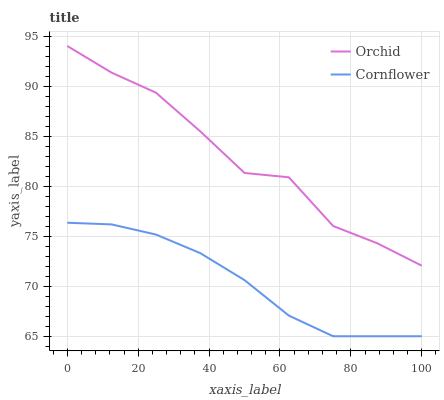
| xaxis_label | Orchid | Cornflower |
 | --- | --- | --- |
 | 0 | 94 | 76.3 |
 | 12.5 | 91.3 | 76.2 |
 | 25 | 89.3 | 75.2 |
 | 37.5 | 85.5 | 73.3 |
 | 50 | 81.3 | 70.6 |
 | 62.5 | 80.9 | 67.1 |
 | 75 | 76 | 65 |
 | 87.5 | 74.3 | 65 |
 | 100 | 72 | 65 |